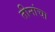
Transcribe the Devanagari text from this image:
तीनांचा